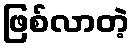
ဖြစ်လာတဲ့